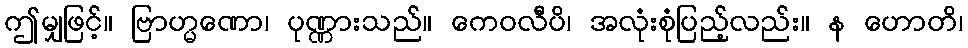
ဤမျှဖြင့်။ ဗြာဟ္မဏော၊ ပုဏ္ဏားသည်။ ကေဝလီပိ၊ အလုံးစုံပြည့်လည်း။ န ဟောတိ၊